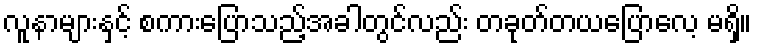
လူနာများနှင့် စကားပြောသည့်အခါတွင်လည်း တခုတ်တယပြောလေ့ မရှိ။